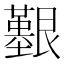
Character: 𦫒